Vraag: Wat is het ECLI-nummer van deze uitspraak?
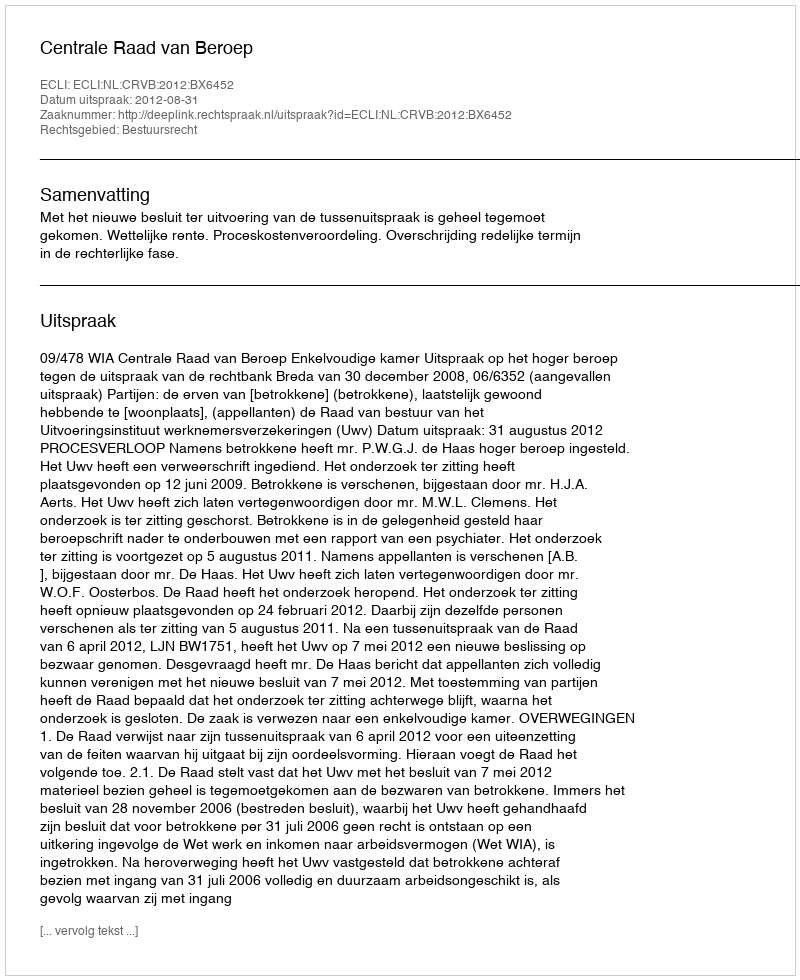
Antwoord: ECLI:NL:CRVB:2012:BX6452